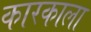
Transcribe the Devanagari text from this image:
कारकाला